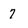
Character: 7